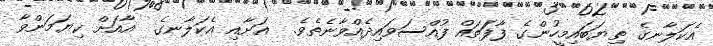
އެކަލާނގެ ތިޔަބައިމީހުންގެ ފާފަަތައް ފުއްސަވައިދެއްވާނެތެވެ.  އަށާއި އެކަލާނގެ  އާއަށް ކިޔަމަންވާ